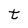
Character: t